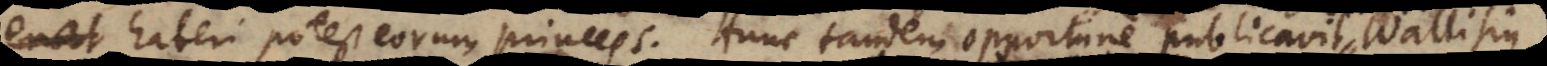
aberi potest eorum princeps. Hunc tandem opportune publicavit Wallisiu